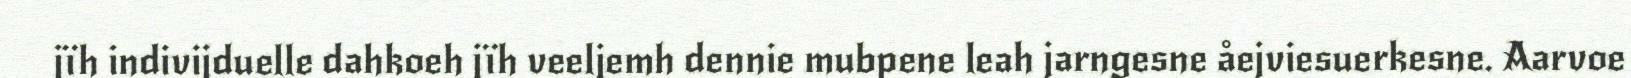
jïh indivijduelle dahkoeh jïh veeljemh dennie mubpene leah jarngesne åejviesuerkesne. Aarvoe